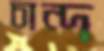
চান্দ